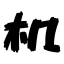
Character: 机